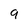
Character: 9